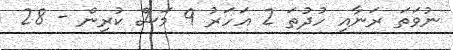
ނުވަތަ ރަނާއި ހުދުތަ 2 އަހަރު 9 މަސް ކުރިން - 28